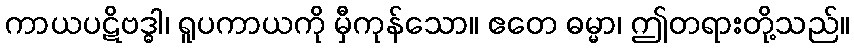
ကာယပဋိဗဒ္ဓါ၊ ရူပကာယကို မှီကုန်သော။ ဧတေ ဓမ္မာ၊ ဤတရားတို့သည်။